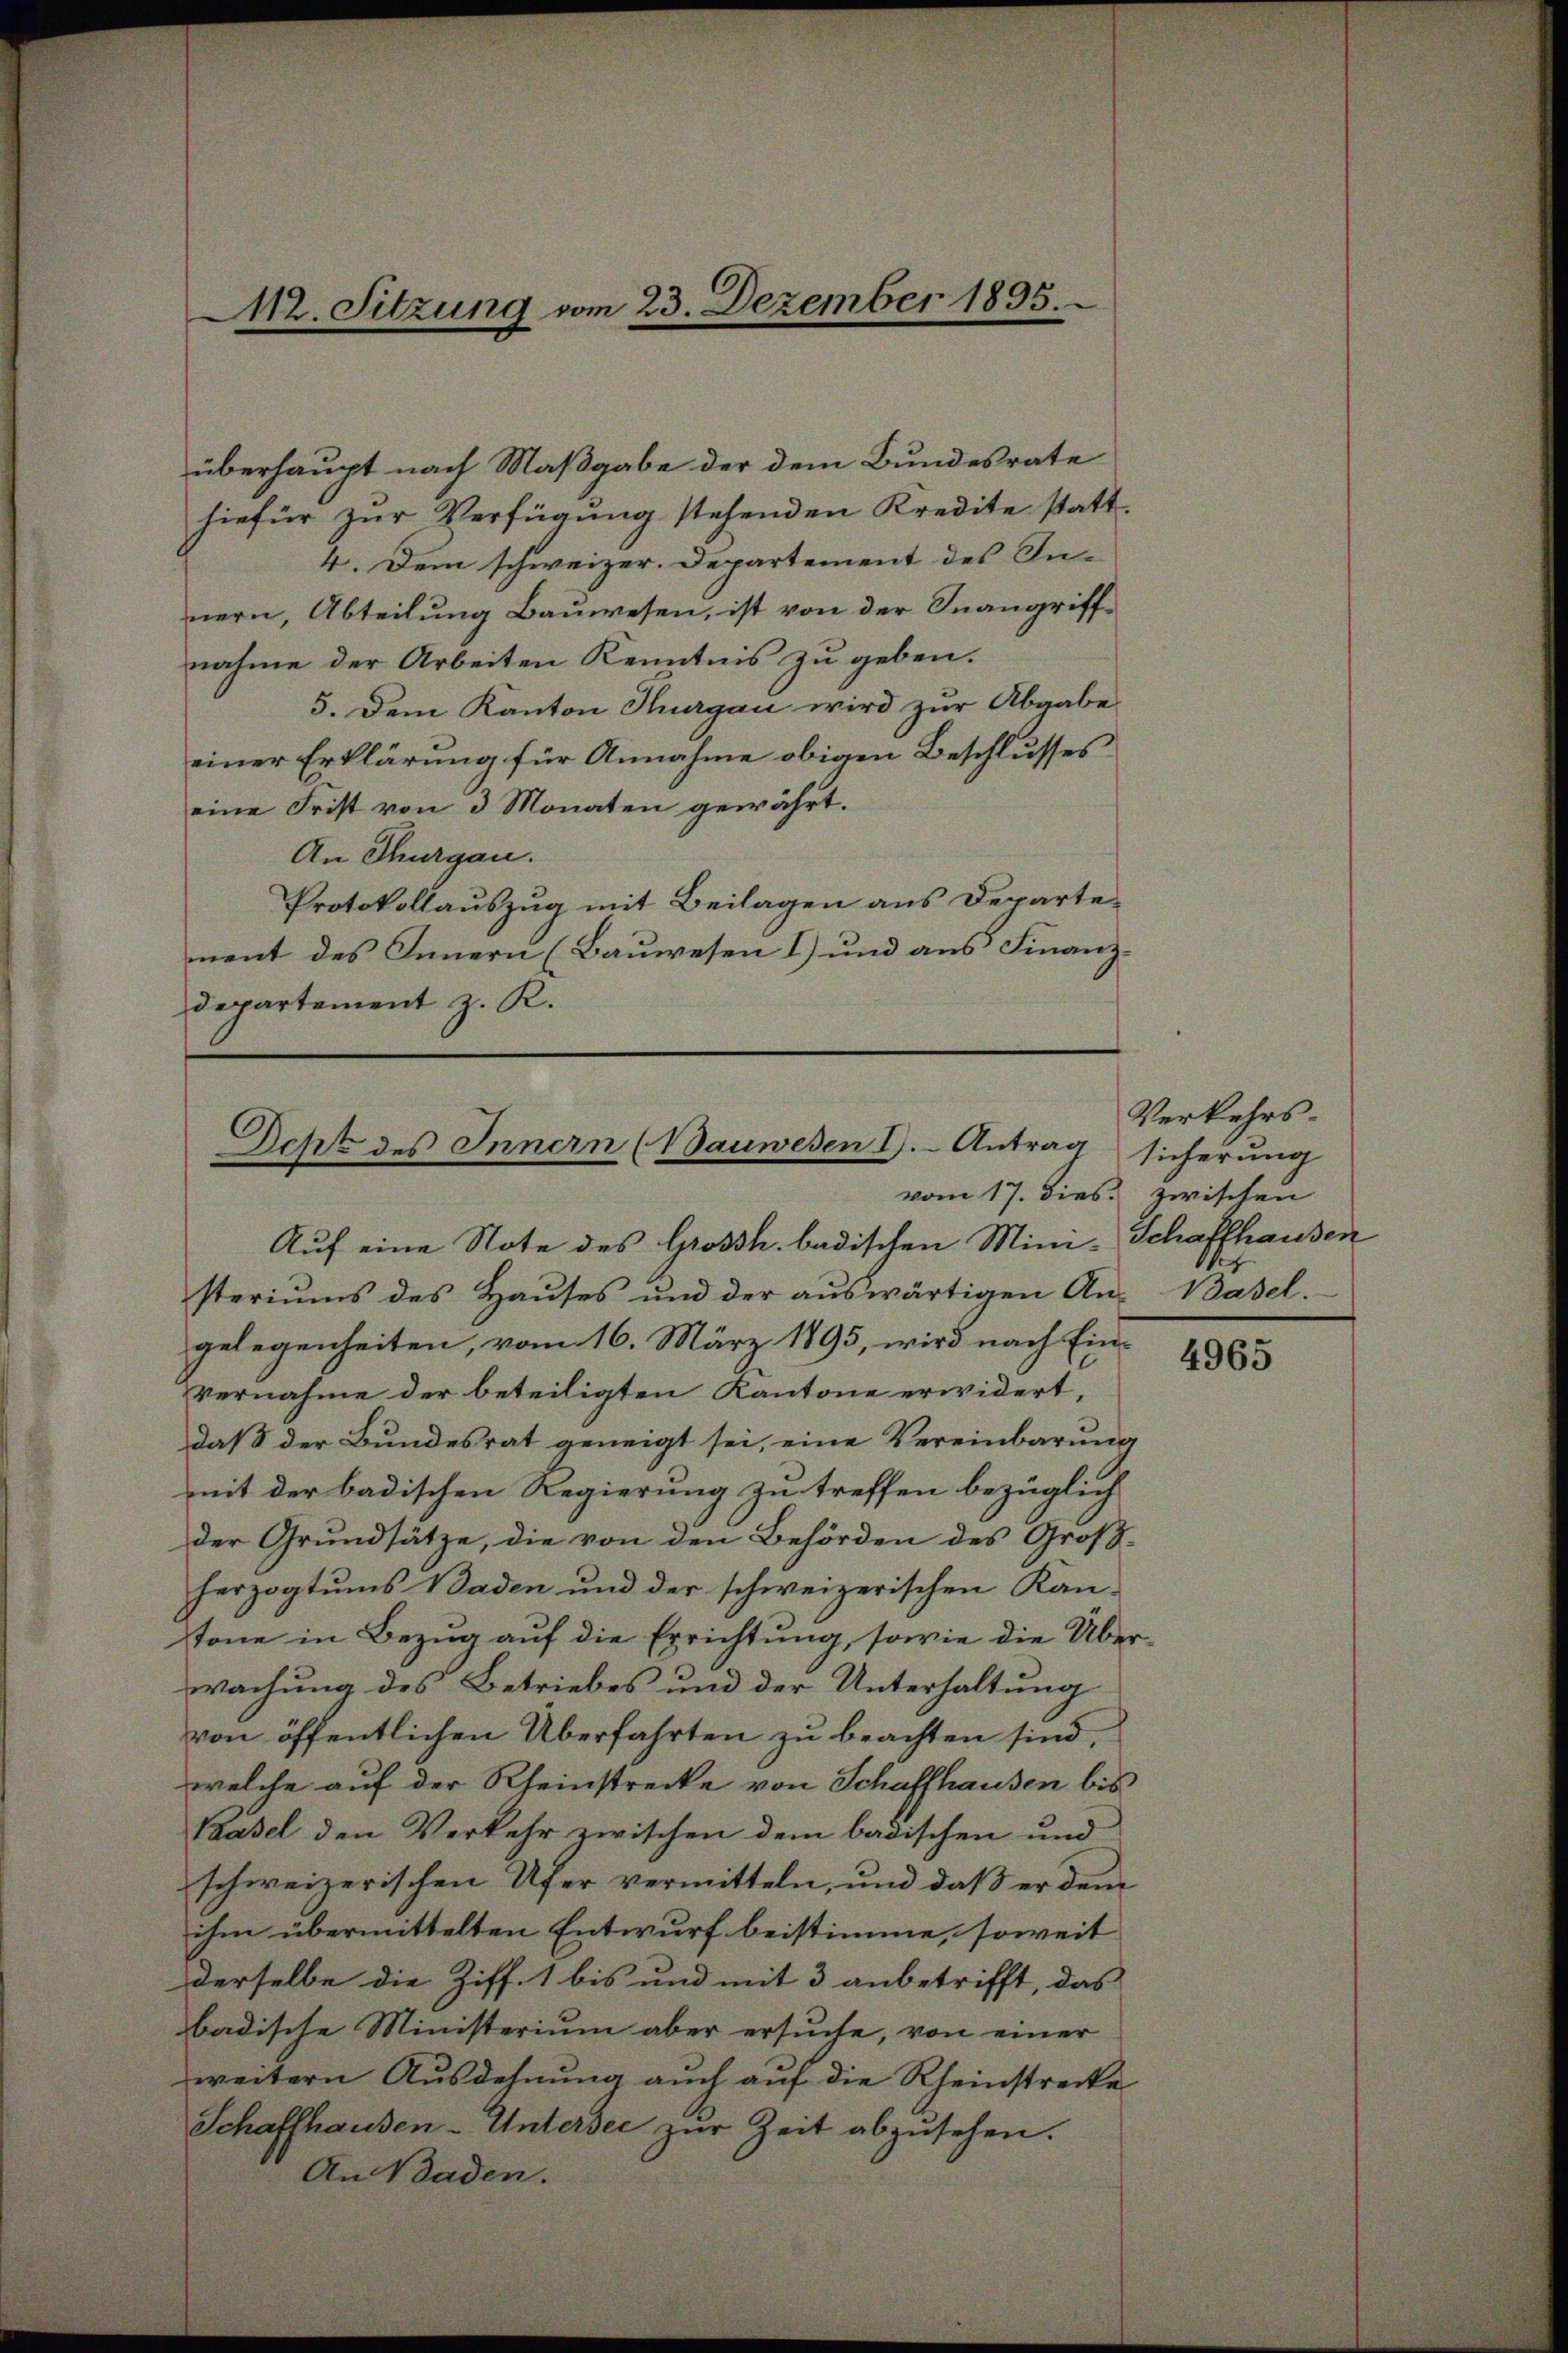
112. Sitzung vom 23. Dezember 1895.

überhaupt nach Maßgabe der dem Bundesrate
hiefür zur Verfügung stehenden Kredite statt.
4. Dem schweizer. Departement des Innern, Abteilung Bauwesen, ist von der Inangriffnahme der Arbeiten Kenntnis zu geben.
5. Dem Kanton Thurgau wird zur Abgabe
einer Erklärung für Annahme obigen Beschlusses
eine Frist von 3 Monaten gewährt.
An Thurgau.
Protokollauszug mit Beilagen aus Departement des Innern (Bauwesen 1) und aus Finanzdepartement z. R.

Deht des Innern (Bauwesen I. Antrag
vom 17. dies zwischen

Auf eine Note des Grossh. badischen Mini-Schaffhausen
steriums des Hauses und der auswärtigen An-Basel.
gelegenheiten, vom 16. März 1895, wird nach Ein¬
Vernahme der beteiligten Kantone erwidert,
daß der Bundesrat geneigt sei, eine Vereinbarung
mit der badischen Regierung zu treffen bezüglich
der Grundsätze, die von den Behörden des Großherzogtums Baden und der schweizerischen Kan-
tone in Bezug auf die Errichtung, sowie die Überwachung des Betriebes und der Unterhaltung
von öffentlichen Überfahrten zu beachten sind,
welche auf der Rheinstrecke von Schaffhausen bis
Basel den Verkehr zwischen dem badischen und
schweizerischen Ufer vermitteln, und daß er dem
ihm übermittelten Entwurf beistimme, soweit
derselbe die Ziff. 1 bis und mit 3 anbetrifft, das
badische Ministerium aber ersuche, von einer
weitern Ausdehnung auch auf die Rheinstrecke
Schaffhausen-Untersee zur Zeit abzusehen.
An Waden.

Verkehrssicherung

4965